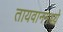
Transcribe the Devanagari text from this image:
तायवानमध्ये